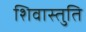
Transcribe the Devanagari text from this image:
शिवास्तुति